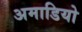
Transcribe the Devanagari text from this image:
अमाडियो